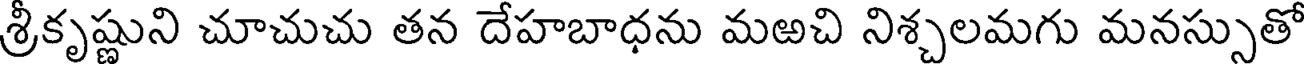
శ్రీకృష్ణుని చూచుచు తన దేహబాధను మఱచి నిశ్చలమగు మనస్సుతో